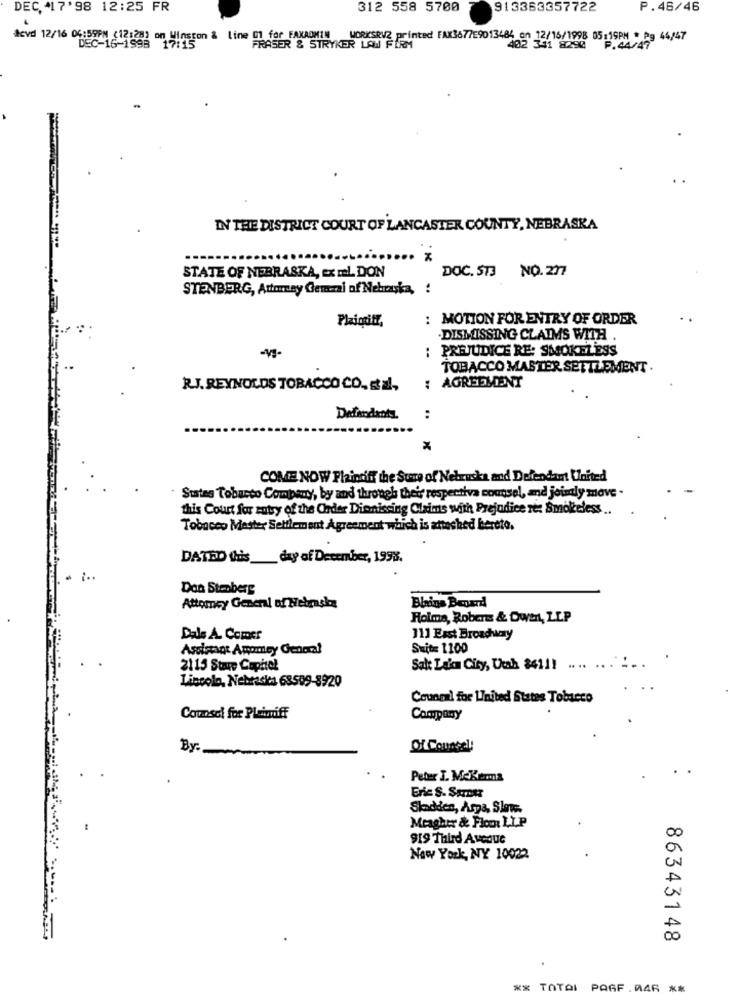
DEC, "17' 98 12:25 FR
312 558 5700
913363357722
P.46/46
levd 12/16 04:59PM (12:28) on Winston & Line 01 for FAXADMIN WORKSRVR printed FAX367759013484 o
12/16/1998 05:19PM * Pg 44/47
DEC-16-1998 17:15
FRASER & STRYKER LAW FIRM
402 341 8290 F.44/47
IN THE DISTRICT COURT OF LANCASTER COUNTY, NEBRASKA
DOC. 513 NO.277
STATE OF NEBRASKA, Ex IL DON
STENBERG, Attorney Gemaal of Nebraska, !
Plaintiff,
: MOTION FOR ENTRY OF ORDER
-DISMISSING CLAIMS WITH
: PREJUDICE RE: SMOKELESS
TOBACCO MASTER SETTLEMENT .
R.J. REYNOLDS TOBACCO CO. Et al.
: AGREEMENT
:
COME NOW Plaintiff the Sure of Nebraska and Defendant United
States Tobacco Company, by and through their respectiva counsel, and joinly move -
this Court for entry of the Order Dionissing Claims with Prejudice re: Smokeless ..
Tobacco Mester Settlement Agreement which is attached hereto.
DATED Cris
_day of December, 199%.
Don Stenberg
Attorney General of Nebraska
Holme, Robers & Dwin, ZIP
Dals A. Comer
111 East Broadway
Suite 1100
2115 Stare Capitol
Salt Lake City, Utah 84111
...... '
Lincoln, Nebraska 68509-8920
Counmal for United States Tobacco
Counsel for Pleiniff
Company
By.
Of Counsel!
.
Peter I. MeKema
Eric S. Saretr
Sladden, Arpa, Siere.
Meagher de Flom LI.P
919 Third Avenue
New York, NY 10022
86343148
** TOTAL PAGF.046 **